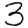
Digit: 3